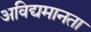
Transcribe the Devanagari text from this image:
अविद्यमानता